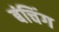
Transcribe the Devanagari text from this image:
बंचिंग